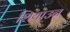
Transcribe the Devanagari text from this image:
शियाउन